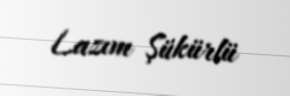
Lazım Şükürlü